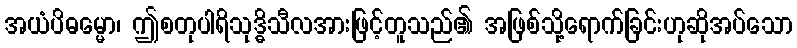
အယံပိဓမ္မော၊ ဤစတုပါရိသုဒ္ဓိသီလအားဖြင့်တူသည်၏ အဖြစ်သို့ရောက်ခြင်းဟုဆိုအပ်သော